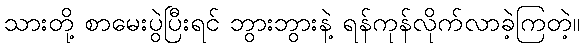
သားတို့ စာမေးပွဲပြီးရင် ဘွားဘွားနဲ့ ရန်ကုန်လိုက်လာခဲ့ကြတဲ့။